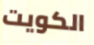
الكويت